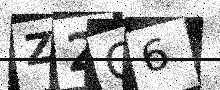
Text: Z2O6